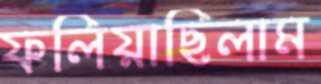
ফলিয়াছিলাম